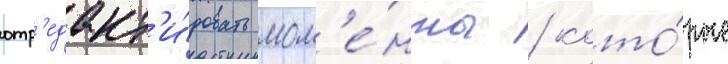
отр'едакт'и́ровать мом'е́нты / кото́рые